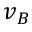
v _ { B }